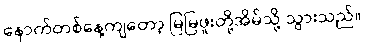
နောက်တစ်နေ့ကျတော့ မြမြဖူးတို့အိမ်သို့ သွားသည်။